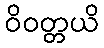
ဝိဝတ္တယိ